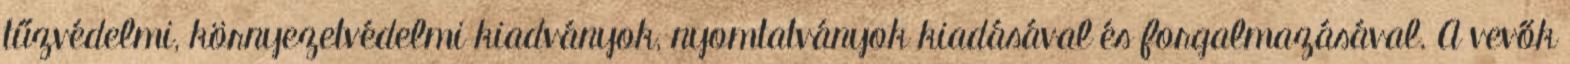
tűzvédelmi, környezetvédelmi kiadványok, nyomtatványok kiadásával és forgalmazásával. A vevők